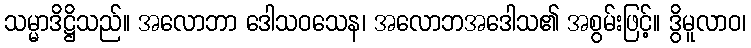
သမ္မာဒိဋ္ဌိသည်။ အလောဘာ ဒေါသဝသေန၊ အလောဘအဒေါသ၏ အစွမ်းဖြင့်။ ဒွိမူလာဝ၊